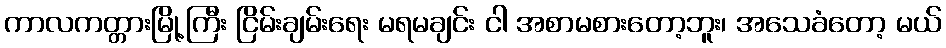
ကာလကတ္တားမြို့ကြီး ငြိမ်းချမ်းရေး မရမချင်း ငါ အစာမစားတော့ဘူး၊ အသေခံတော့ မယ်